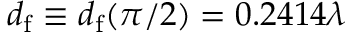
d _ { \mathrm { f } } \equiv d _ { \mathrm { f } } ( \pi / 2 ) = 0 . 2 4 1 4 \lambda